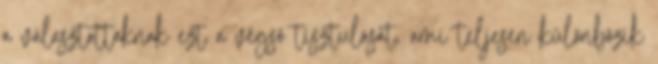
a választottaknak ezt a végsõ tisztulását, ami teljesen különbözik